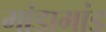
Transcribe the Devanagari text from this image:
मांडामांड